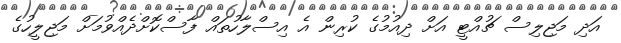
އަދި މަޖިލިސް ޗުއްޓީ އަށް ދިއުމުގެ ކުރިން އެ އިސްލާހުތައް ފާސްކޮށްދެއްވުމަށް މަޖިލީހުގެ